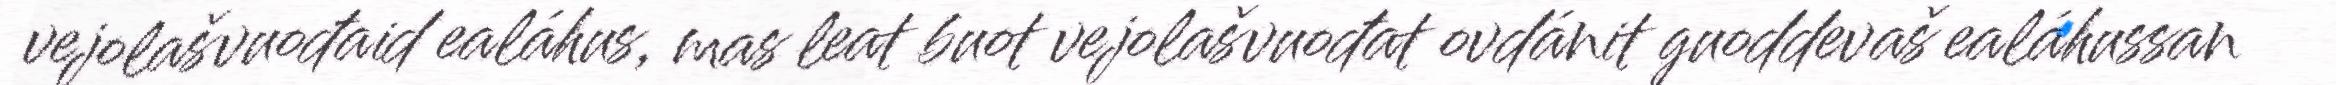
vejolašvuođaid ealáhus, mas leat buot vejolašvuođat ovdánit guoddevaš ealáhussan